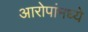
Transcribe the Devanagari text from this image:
आरोपांमध्ये